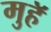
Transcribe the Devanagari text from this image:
मुहॅ